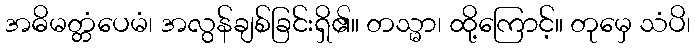
အဓိမတ္တံပေမံ၊ အလွန်ချစ်ခြင်းရှိ၏။ တသ္မာ၊ ထို့ကြောင့်။ တုမှေ သံပိ၊